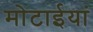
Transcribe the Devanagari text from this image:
मोटाईयां